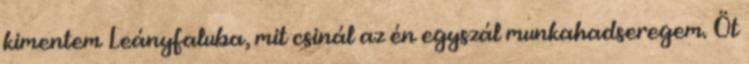
kimentem Leányfaluba, mit csinál az én egyszál munkahadseregem. Öt